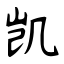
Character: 凯